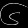
Digit: ၆